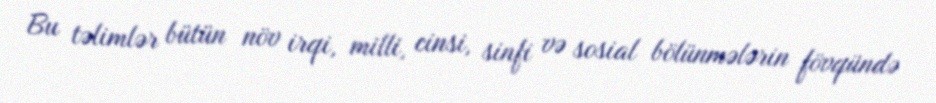
Bu təlimlər bütün növ irqi, milli, cinsi, sinfi və sosial bölünmələrin fövqündə